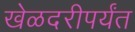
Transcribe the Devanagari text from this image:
खेळदरीपर्यंत